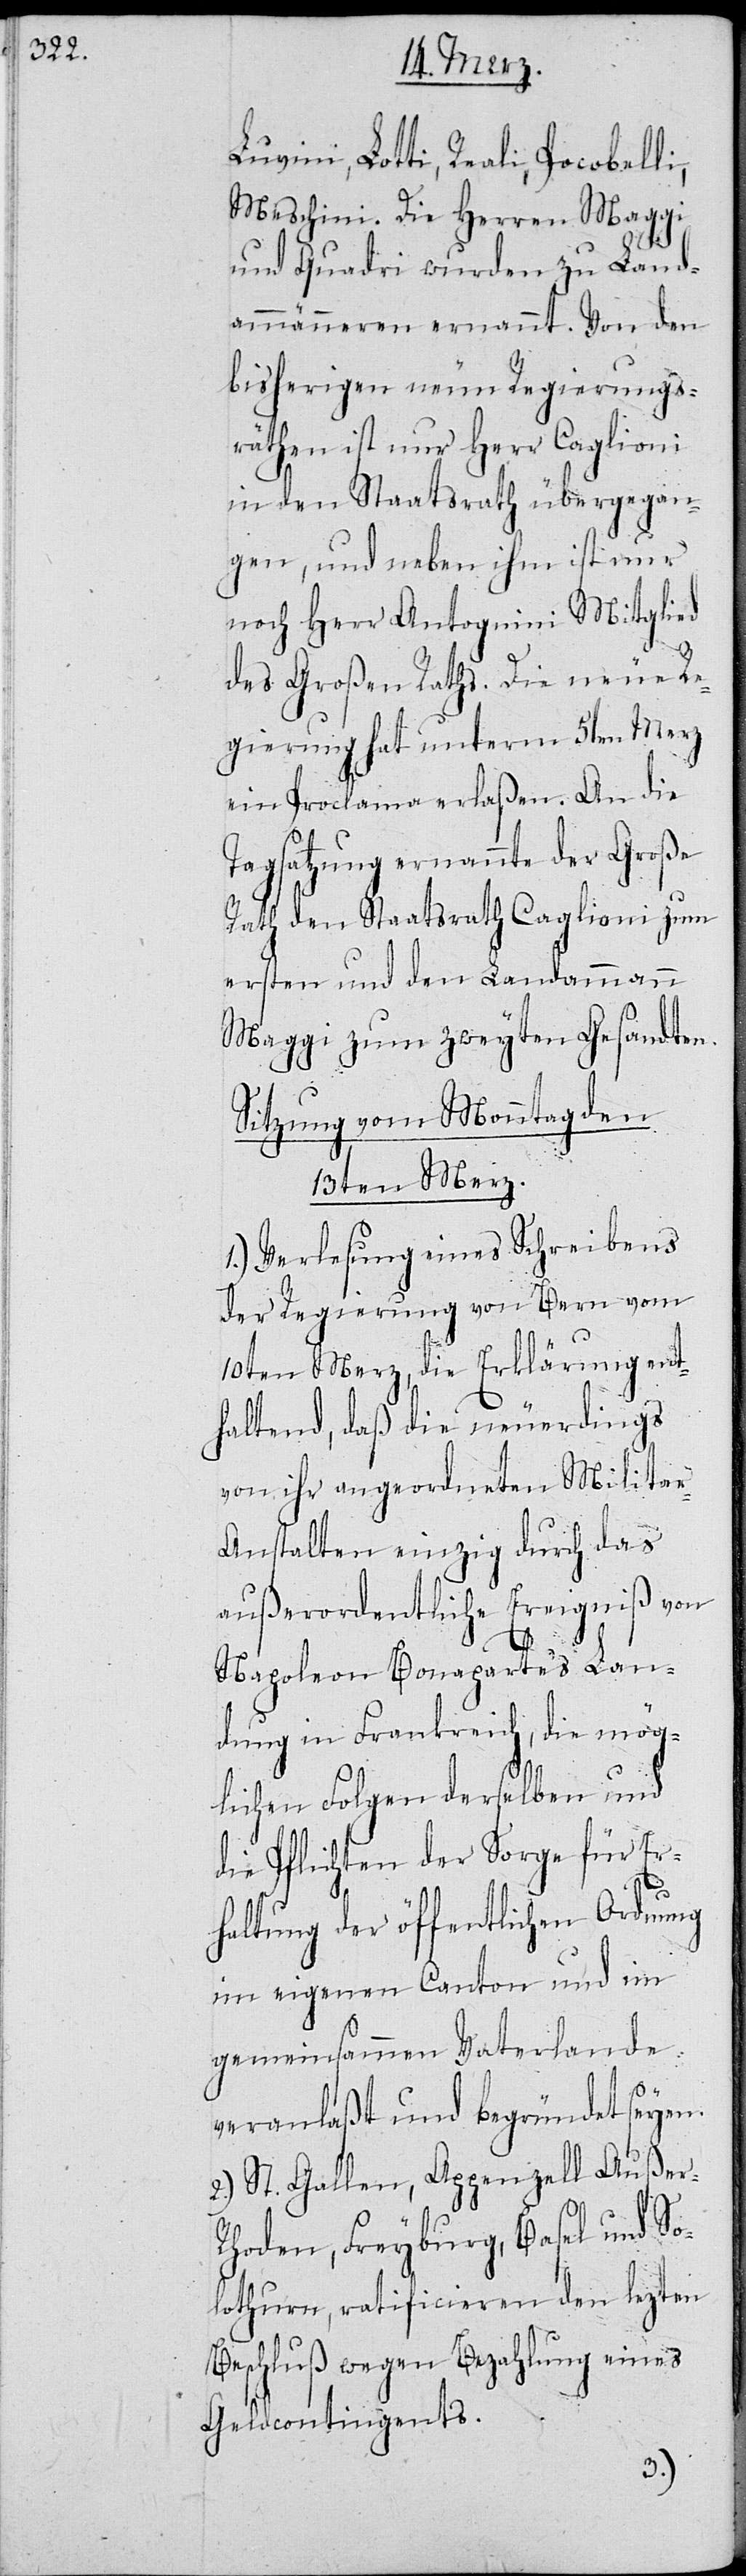
Luvini, Lotti, Reali, Pocobelli,
Meschini. Die Herren Maggi
und Quadri wurden zu Land¬
ammänneren ernannt. Von den
bisherigen neun Regierungs¬
räthen ist nur Herr Caglioni
in den Staatsrath übergegan¬
gen, und neben ihm ist nur
noch Herr Antognini Mitglied
des Großen Raths. Die neue Re¬
gierung hat unterm 5ten Merz
ein Proclama erlaßen. An die
Tagsatzung ernannte der Große
Rath den Staatsrath Caglioni zum
ersten und den Landamman
Maggi zum zweyten Gesandten.
Sitzung vom Montag den
13ten Merz.
1.) Verlesung eines Schreibens
der Regierung von Bern vom
10ten Merz, die Erklärung ent¬
haltend, daß die neuerdings
von ihr angeordneten Milita¬
r-Anstalten einzig durch das
außerordentliche Ereigniß von
Er¬
Napoleon Bonapartes Lan¬
dung in Frankreich, die mög¬
lichen Folgen derselben und
die Pflichten der Sorge für die
haltung der öffentlichen Ordnung
im eigenen Canton und im
gemeinsammen Vaterlande
veranlaßt und begründet seyen.
2.) St. Gallen, Appenzell Außer-R¬
hoden, Freyburg, Basel und So¬
lothurn, ratificieren den lezten
Beschluß wegen Bezahlung eines
Geldcontingents.